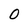
Character: 0